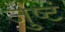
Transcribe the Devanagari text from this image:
जुष्टं